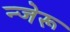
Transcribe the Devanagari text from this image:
न्जेरू